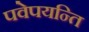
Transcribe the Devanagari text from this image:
पवेपयन्ति